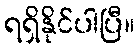
ရရှိနိုင်ပါပြီ။